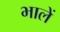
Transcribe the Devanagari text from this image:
भालें